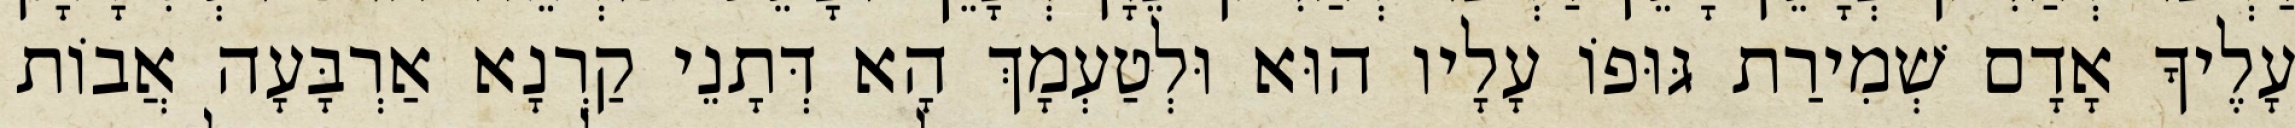
עָלֶיךָ אָדָם שְׁמִירַת גּוּפוֹ עָלָיו הוּא וּלְטַעְמָךְ הָא דְּתָנֵי קַרְנָא אַרְבָּעָה אֲבוֹת